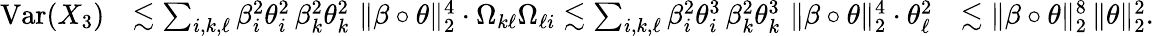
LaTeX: \begin{array}{rlr}{\mathrm{Var}(X_{3})}&{\lesssim\sum_{i,k,\ell}\beta_{i}^{2}\theta_{i}^{2}\, \beta_{k}^{2}\theta_{k}^{2}\, \, \| \beta\circ\theta\| _{2}^{4}\cdot\Omega_{k\ell}\Omega_{\ell i}\lesssim\sum_{i,k,\ell}\beta_{i}^{2}\theta_{i}^{3}\, \beta_{k}^{2}\theta_{k}^{3}\, \, \| \beta\circ\theta\| _{2}^{4}\cdot\theta_{\ell}^{2}}&{\lesssim\| \beta\circ\theta\| _{2}^{8}\, \| \theta\| _{2}^{2}.}\end{array}